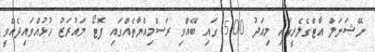
ނޭޝަނަލް އާޓްގެލެރީގައި މިއަދު 5:00 ގައި ބޭއްވި ރަސްމިއްޔާތެއްގައި ފޮޓޯ މައުރަޒު ހުޅުއްވައިދެއްވީ